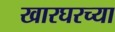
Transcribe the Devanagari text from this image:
खारघरच्या